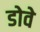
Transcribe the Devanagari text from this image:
डोवे